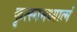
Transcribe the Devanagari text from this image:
कृत्स्नमध्यात्मं